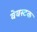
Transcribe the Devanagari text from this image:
वेवस्टक